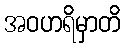
အဝဟရိမှာတိ